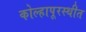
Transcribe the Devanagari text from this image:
कोल्हापूरस्थीत